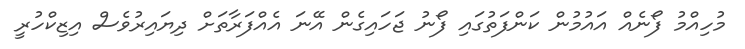
މުހިއްމު ފޯނެއް އައުމުން ކަންފަތުގައި ފޯނު ޖަހައިގެން އޭނަ އެއްފަރާތަށް ދިޔައިރުވެސް އިޒިކްހުރީ